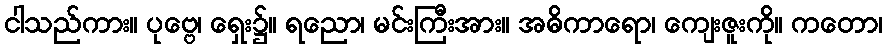
ငါသည်ကား။ ပုဗ္ဗေ၊ ရှေး၌။ ရညော၊ မင်းကြီးအား။ အဓိကာရော၊ ကျေးဇူးကို။ ကတော၊